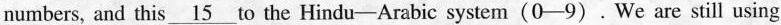
numbers, and this \underline{15} to the Hindu-Arabic system(0-9).We are still using